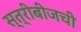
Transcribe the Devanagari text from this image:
स्त्रीबीजची